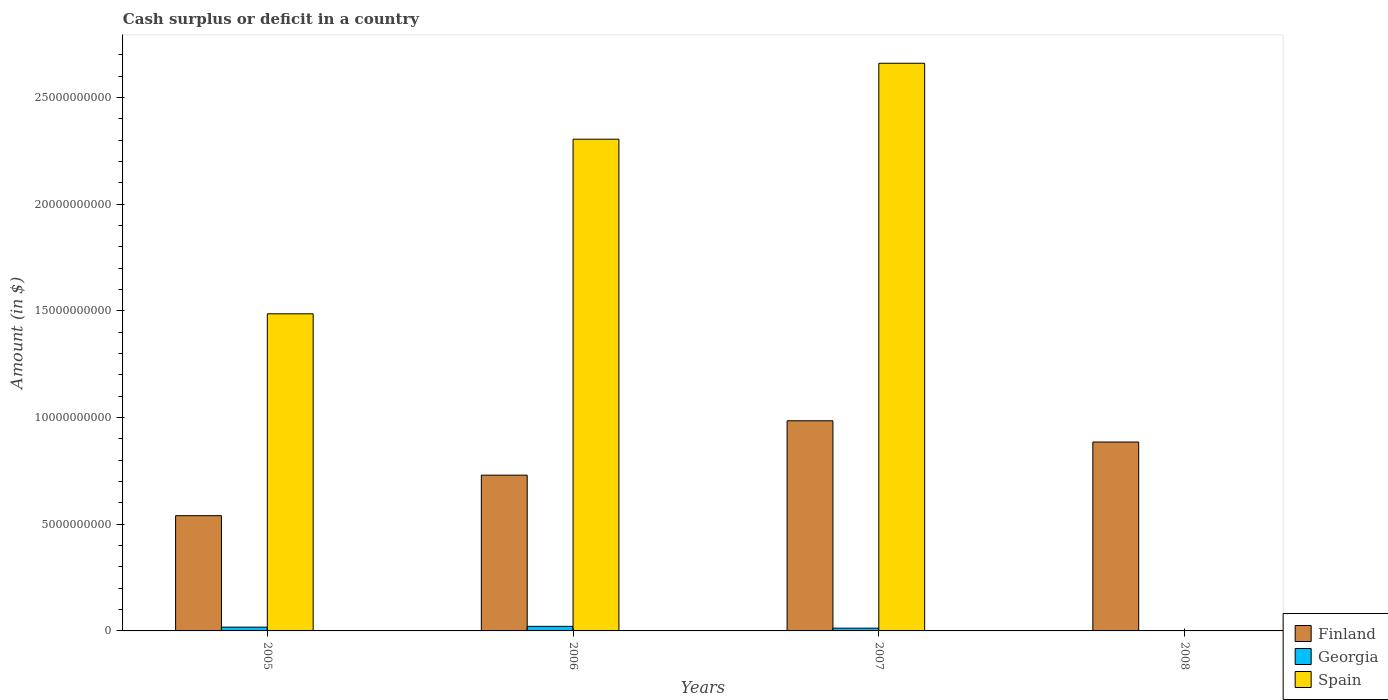
| Years | Finland | Georgia | Spain |
 | --- | --- | --- | --- |
 | 2005 | 5.4e+09 | 1.77e+08 | 1.49e+10 |
 | 2006 | 7.3e+09 | 2.14e+08 | 2.30e+10 |
 | 2007 | 9.85e+09 | 1.3e+08 | 2.66e+10 |
 | 2008 | 8.86e+09 | -3.62e+08 | -2.46e+10 |